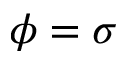
\phi = \sigma